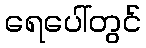
ရေပေါ်တွင်